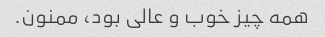
همه چیز خوب و عالی بود، ممنون.